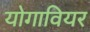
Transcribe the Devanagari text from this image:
योगावियर